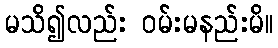
မသိ၍လည်း ဝမ်းမနည်းမိ။